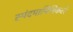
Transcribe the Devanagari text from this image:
स्पंदमापिनिकले